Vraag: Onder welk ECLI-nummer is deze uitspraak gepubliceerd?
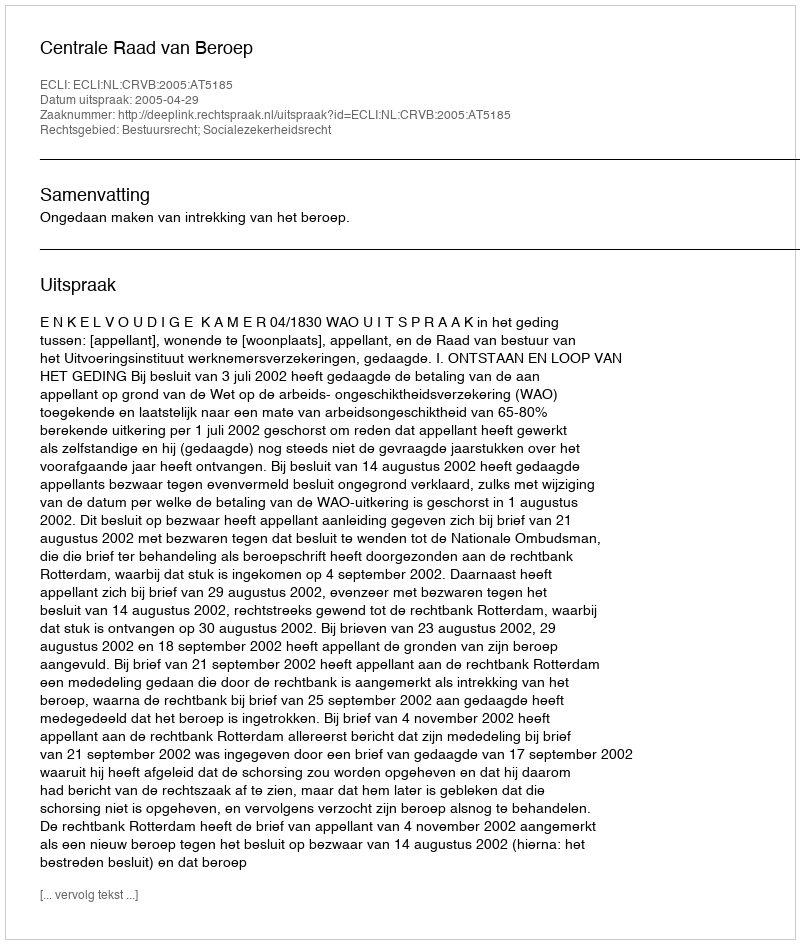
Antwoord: ECLI:NL:CRVB:2005:AT5185